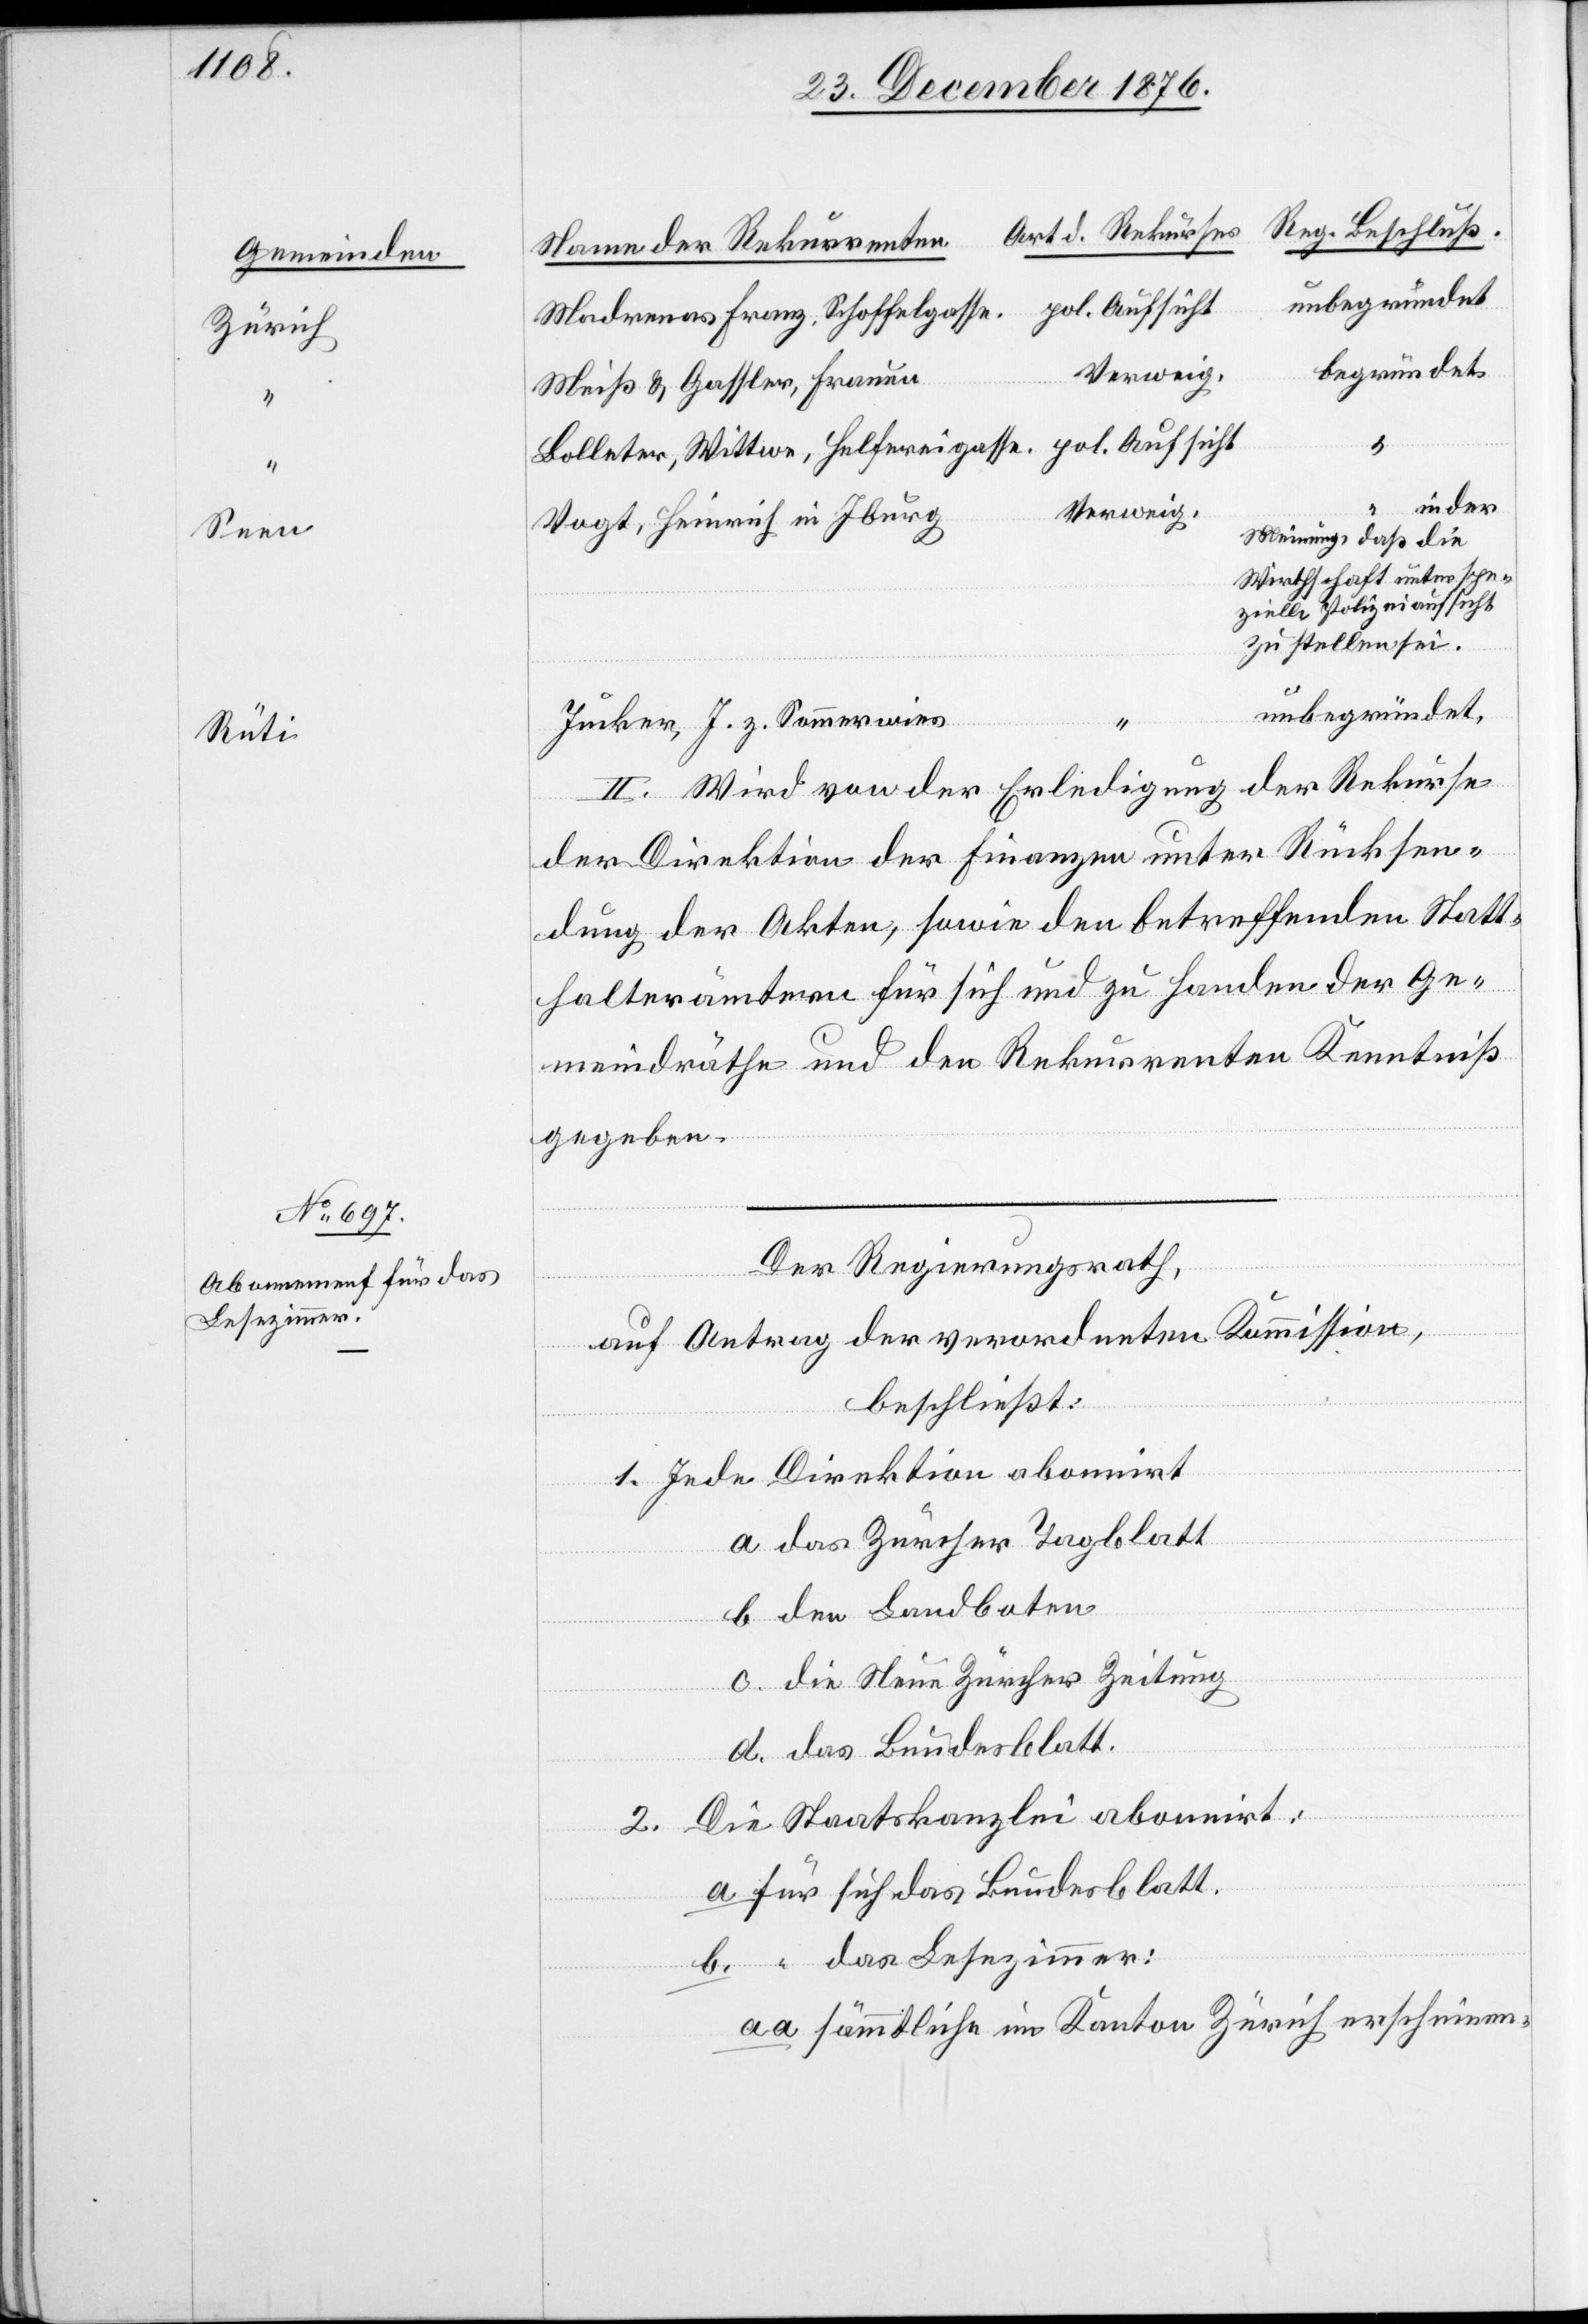
Zürich
Seen
Rüti
Lesezimmer:

Meiß & Gassler, Frauen
in der
Verweig.
pol. Aufsicht
Vogt, Heinrich in Iburg
Meinung, daß die
Wirthschaft unter spe¬
zielle Polizeiaufsicht
zu stellen sei.
aa.
unbegründet.
Jucker, J. z. Sommerwies
II. Wird von der Erledigung der Rekurse
der Direktion der Finanzen unter Rücksen¬
dung der Akten, sowie den betreffenden Statt¬
halterämtern für sich und zu Handen der Ge¬
meindräthe und den Rekurrenten Kenntniß
gegeben.
das
Der Regierungsrath,
auf Antrag der verordneten Kommission,
sse.
beschließt:
1. Jede Direktion abonnirt
a. das Zürcher Tagblatt
b. den Landboten
c. die Neue Zürcher Zeitung
sich das Bundesblatt.
2. Die Staatskanzlei abonnirt:
sämmtliche im Kanton Zürich erscheinen-